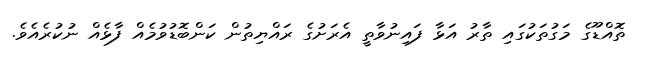
ތޮއްޑޫގެ މަގުތަކުގައި ތާރު އަޅާ ފައިނުވާތީ އެރަށުގެ ރައްޔިތުން ކަންބޮޑުވުމެއް ފާޅެއް ނުކުރެއެވެ.